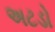
અટડો